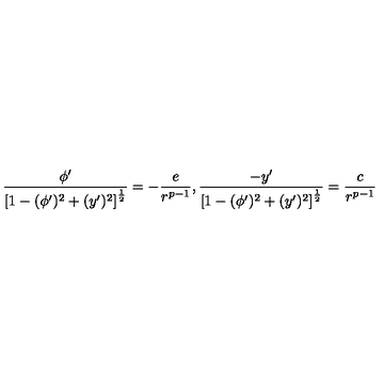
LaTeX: \frac { \phi ^ { \prime } } { \left[ 1 - ( \phi ^ { \prime } ) ^ { 2 } + ( y ^ { \prime } ) ^ { 2 } \right] ^ { \frac { 1 } { 2 } } } = - \frac { e } { r ^ { p - 1 } } , \frac { - y ^ { \prime } } { \left[ 1 - ( \phi ^ { \prime } ) ^ { 2 } + ( y ^ { \prime } ) ^ { 2 } \right] ^ { \frac { 1 } { 2 } } } = \frac { c } { r ^ { p - 1 } }